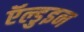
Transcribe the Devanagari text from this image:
ऍल्डुइन